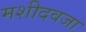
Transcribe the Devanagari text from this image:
मशीदवजा